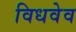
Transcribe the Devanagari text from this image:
विधवेव